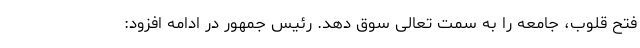
فتح قلوب، جامعه را به سمت تعالی سوق دهد. رئیس جمهور در ادامه افزود: